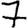
Digit: 7